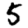
Digit: 5